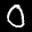
Label: 0